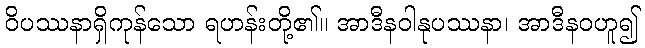
ဝိပဿနာရှိကုန်သော ရဟန်းတို့၏။ အာဒီနဝါနုပဿနာ၊ အာဒီနဝဟူ၍